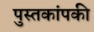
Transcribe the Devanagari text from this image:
पुस्तकांपकी